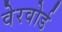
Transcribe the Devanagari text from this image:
वेरवोर्ड